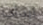
ابدأي